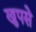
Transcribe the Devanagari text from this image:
खुपसे